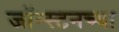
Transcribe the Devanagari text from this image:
जॉन्स्टनच्या